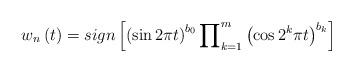
LaTeX: \begin{align*}w_{n}\left( t\right) =sign\left[ \left( \sin 2\pi t\right)^{b_{0}}\prod\nolimits_{k=1}^{m}\left( \cos 2^{k}\pi t\right) ^{b_{k}}\right]\end{align*}